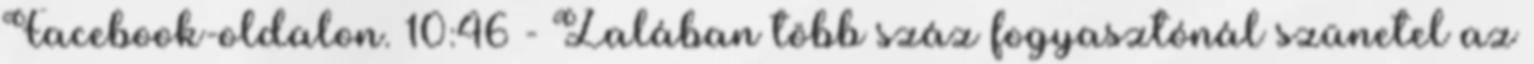
Facebook-oldalon. 10:46 - Zalában több száz fogyasztónál szünetel az